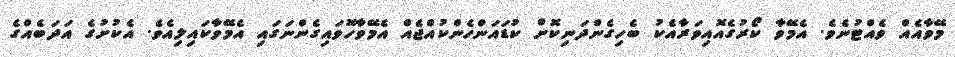
މޭވާއެއް ވެއްޓުނެވެ. އެމޭވާ ކޯރުގެއޮއިވަރާއެކު ބެހިގެންދަނިކޮށް ކުޑައަންހެންކުއްޖެއް އެމޭވާހޮވައިގެންނަގައި އެމޭވާކައިލިއެވެ. އެކުށުގެ އަދަބެއްގެ